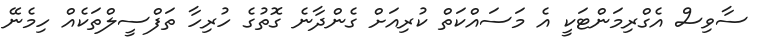
ސާވިސް އެގްރިމަންޓަކީ އެ މަސައްކަތް ކުރިއަށް ގެންދާނެ ގޮތުގެ ހުރިހާ ތަފްސީލްތަކެއް ހިމެނޭ